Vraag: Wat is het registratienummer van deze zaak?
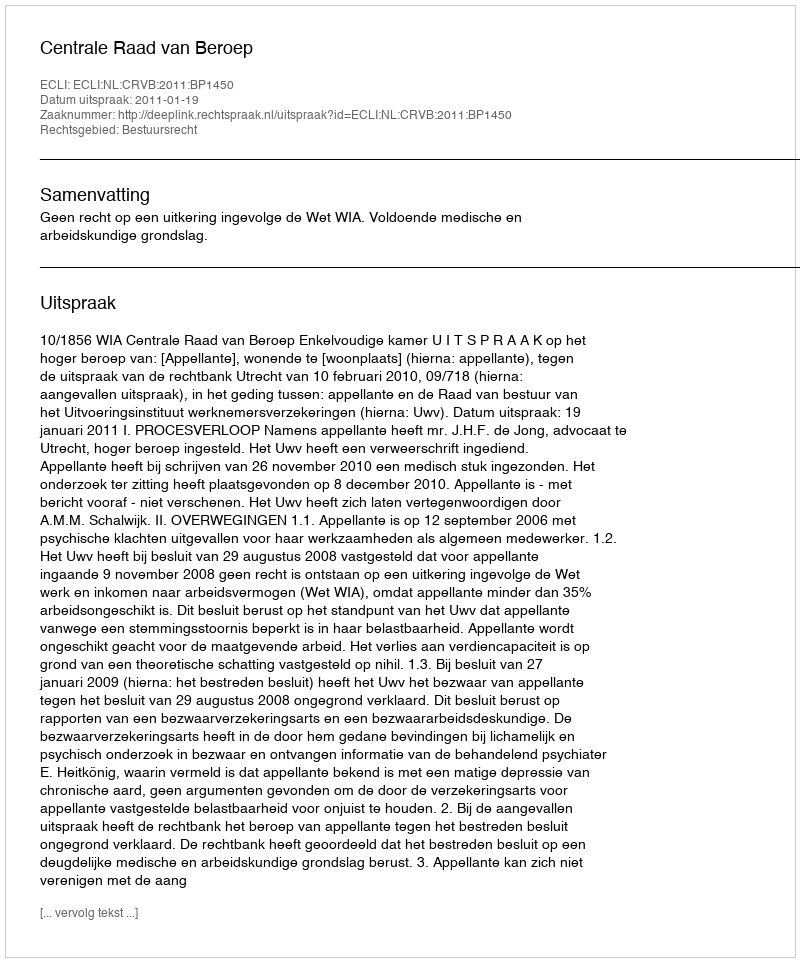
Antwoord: http://deeplink.rechtspraak.nl/uitspraak?id=ECLI:NL:CRVB:2011:BP1450